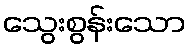
သွေးစွန်းသော